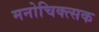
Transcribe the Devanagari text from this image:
मनोचिक्त्सक